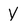
Character: y